Annual report of the Punjab Veterinary College and of the Civil Veterinary Department, Punjab - 1926-1932
Year: 1926
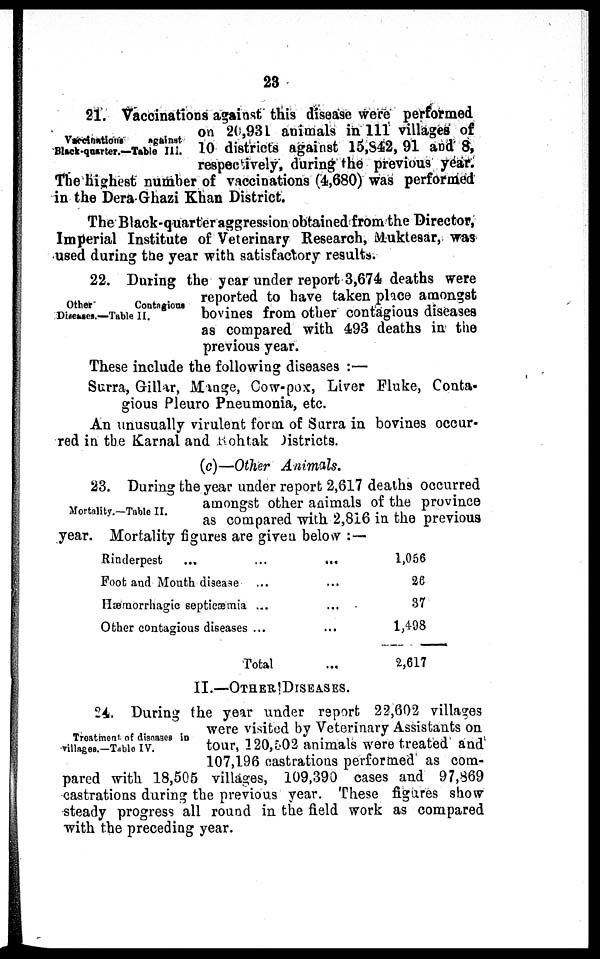
23
Vaccinations
against
Black-quarter.—Table III.
21. Vaccinations against this disease were performed
on 20,931 animals in 111 villages of
10 districts against 15,842, 91 and 8,
respectively, during the previous year.
The highest number of vaccinations (4,680) was performed
in the Dera Ghazi Khan District.
The Black-quarter aggression obtained from the Director,
Imperial Institute of Veterinary Research, Muktesar, was
used during the year with satisfactory results.
Other
Contagious
Diseases.—Table II.
22. During the year under report 3,674 deaths were
reported to have taken place amongst
bovines from other contagious diseases
as compared with 493 deaths in the
previous year.
These include the following diseases:—
Surra, Gillar, Mange, Cow-pox, Liver Fluke, Conta-
gious Pleuro Pneumonia, etc.
An unusually virulent form, of Surra in bovines occur-
red in the Karnal and Rohtak Districts.
(c)—Other Animals.
Mortality.-Table II.
23. During the year under report 2,617 deaths occurred
amongst other animals of the province
as compared with 2,816 in the previous
year. Mortality figures are given below:—
Rinderpest ... ...
Foot and Mouth disease ...
Hæmorrhagic septicæmia ...
Other contagious diseases ...
Total
1,056
26
37
1,498
2,617
II.—OTHER DISEASES.
Treatment of diseases in
villages.—Table IV.
24. During the year under report 22,602 villages
were visited by Veterinary Assistants on
tour, 120,502 animals were treated and
107,196 castrations performed as com-
pared with 18,505 villages, 109,390 cases and 97,869
castrations during the previous year. These figures show
steady progress all round in the field work as compared
with the preceding year.